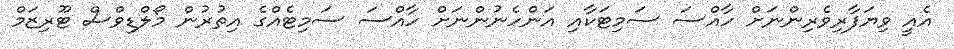
އެއީ ވިޔަފާރިވެރިންނަށް ހާއްސަ ސަމިޓަކާއި އަންހެނުންނަށް ހާއްސަ ސަމިޓެއްގެ އިތުރުން މޯލްޑިވްސް ޓޫރިޒަމް